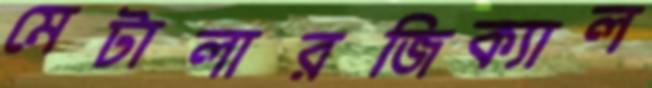
মেটালারজিক্যাল